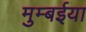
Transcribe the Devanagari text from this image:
मुम्बईया